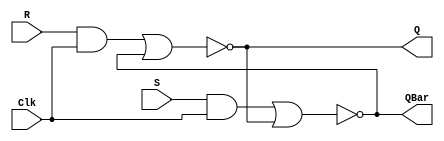
`timescale 1ns / 1ps
//////////////////////////////////////////////////////////////////////////////////
// Company: 
// Engineer: 
// 
// Design Name: 
// Module Name: SR_flipflop
// Project Name: 
// Target Devices: 
// Tool Versions: 
// Description: 
// 
// Dependencies: 
// 
// Revision:
// Revision 0.01 - File Created
// Additional Comments:
// 
//////////////////////////////////////////////////////////////////////////////////


module SR_flipflop(
    input S,
    input R,
    input Clk,
    output Q, QBar
    );
    wire a1, a2;
    and #1 A1(a1, R, Clk);
    and #1 A2(a2, S, Clk);
    nor #1 N1(Q, a1, QBar);
    nor #1 N2(QBar, a2, Q);  
endmodule